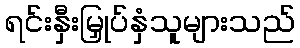
ရင်းနှီးမြှုပ်နှံသူများသည်